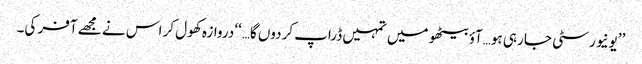
’’یونیورسٹی جا رہی ہو…آؤ بیٹھو میں تمہیں ڈراپ کردوں گا…‘‘ دروازہ کھول کر اس نے مجھے آفر کی۔